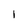
Character: l